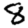
Digit: 8